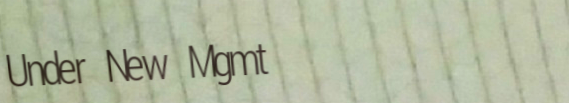
Under New Mgmt